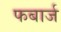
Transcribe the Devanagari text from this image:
फबार्ज